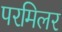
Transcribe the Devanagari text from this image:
परमिलर